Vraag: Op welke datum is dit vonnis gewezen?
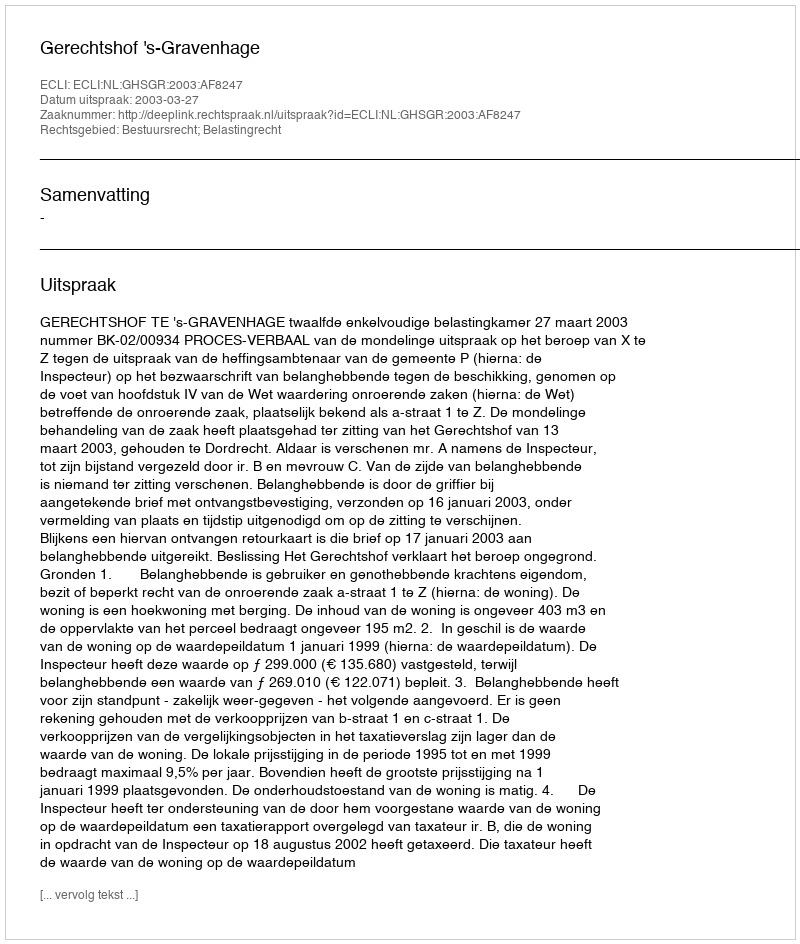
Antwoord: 2003-03-27